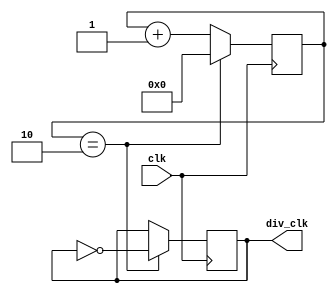
`timescale 1ns / 1ps
//////////////////////////////////////////////////////////////////////////////////
// Company: 
// Engineer: 
// 
// Design Name: 
// Module Name: clk_divid
// Project Name: 
// Target Devices: 
// Tool Versions: 
// Description: 
// 
// Dependencies: 
// 
// Revision:
// Revision 0.01 - File Created
// Additional Comments:
// 
//////////////////////////////////////////////////////////////////////////////////


module clk_divid_LT(

        input    clk,
        output  div_clk
    );

    parameter divide_number = 25'd6;

    reg [26:0] cnt_number=4'b0 ;

    always @(posedge clk ) begin
        if (cnt_number == (divide_number/2)-1) begin
         cnt_number    <= 'b0 ;
      end
      else begin
         cnt_number    <= cnt_number + 1'b1 ;
      end
        
    end

    reg     clk_div_r=1'b0;

    always @(posedge clk ) begin
        if (cnt_number == (divide_number/2)-1 ) begin
         clk_div_r <= ~clk_div_r ;
      end
    end

    assign div_clk = clk_div_r;
endmodule